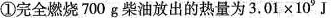
①完全燃烧700g柴油放出的热量为3.01×10^{9}J